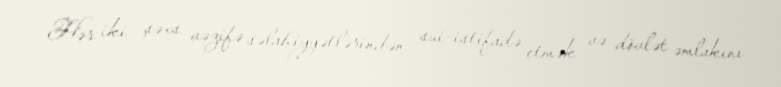
Hər iki şəxs vəzifə səlahiyyətlərindən sui-istifadə etmək və dövlət əmlakını